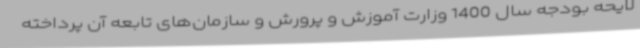
لایحه بودجه سال 1400 وزارت آموزش و پرورش و سازمان‌های تابعه آن پرداخته